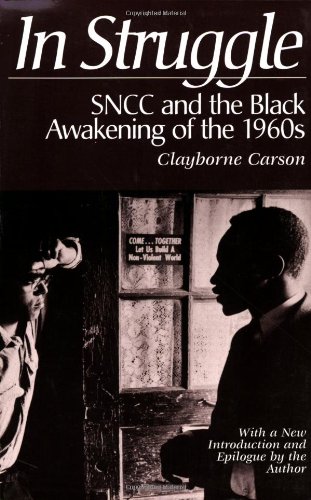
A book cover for In Struggle : SNCC and the Black Awakening of the 1960s; Clayborne Carson; Politics & Social Sciences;